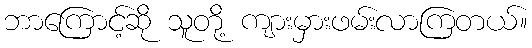
ဘာကြောင့်ဆို သူတို့ ကျားမှားဖမ်းလာကြတယ်။